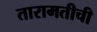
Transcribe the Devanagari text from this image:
तारामतीची